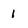
Character: 1